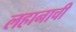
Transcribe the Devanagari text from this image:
लहानाची